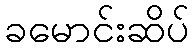
ခမောင်းဆိပ်